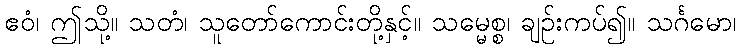
ဧဝံ၊ ဤသို့။ သတံ၊ သူတော်ကောင်းတို့နှင့်။ သမ္မေစ္စ၊ ချဉ်းကပ်၍။ သင်္ဂမော၊